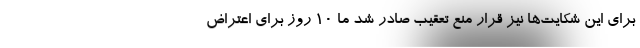
برای این شکایت‌ها نیز قرار منع تعقیب صادر شد ما ۱۰ روز برای اعتراض